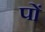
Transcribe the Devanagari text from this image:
पों